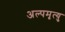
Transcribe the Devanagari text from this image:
अल्पमृत्यु